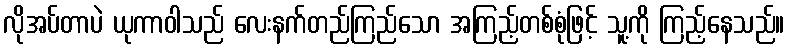
လိုအပ်တာပဲ ယုကာဝါသည် လေးနက်တည်ကြည်သော အကြည့်တစ်စုံဖြင့် သူ့ကို ကြည့်နေသည်။